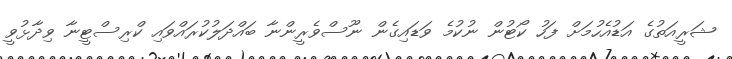
ޝަރީއަތުގެ އަޑުއެހުމަށް ފަހު ކޯޓުން ނުކުމެ ވަޑައިގެން ނޫސްވެރީންނާ ބައްދަލުކުރައްވައި ކްރިސްޓީނާ ވިދާޅުވީ